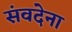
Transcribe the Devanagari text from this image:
संवदेना